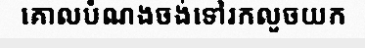
គោលបំណងចង់ទៅរកលួចយក